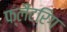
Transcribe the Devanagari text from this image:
फ्लैटरिंग